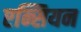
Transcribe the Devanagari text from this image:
एन्सियन